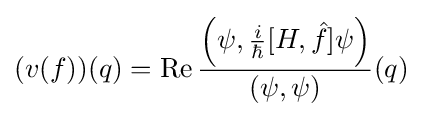
(v(f))(q)=\operatorname {Re} {\frac {\left(\psi ,{\frac {i}{\hbar }}[H,{\hat {f}}]\psi \right)}{(\psi ,\psi )}}(q)